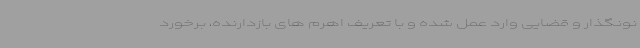
نونگذار و قضایی وارد عمل شده و با تعریف اهرم های بازدارنده، برخورد